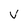
Character: v